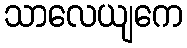
သာလေယျကေ